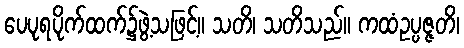
ပေပုရပိုက်ထက်၌ဖွဲ့သဖြင့်။ သတိ၊ သတိသည်။ ကထံဥပ္ပဇ္ဇတိ၊